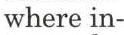
where in-